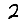
Digit: 2